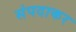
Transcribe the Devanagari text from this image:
संपदाकर